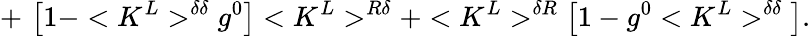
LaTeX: +\, \, \big[1-<K^{L}>^{\delta\delta}g^{0}\big]<K^{L}>^{R\delta}+<K^{L}>^{\delta R}\big[1-g^{0}<K^{L}>^{\delta\delta}\big].